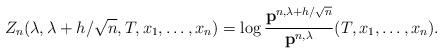
LaTeX: \begin{align*}Z_n(\lambda, \lambda+h/\sqrt{n}, T, x_1,\ldots,x_n)=\log\frac{\mathbf{p}^{n, \lambda+h/\sqrt{n}}}{ \mathbf{p}^{n, \lambda} }(T,x_1,\ldots,x_n).\end{align*}